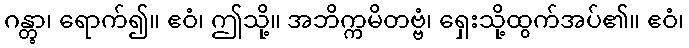
ဂန္တွာ၊ ရောက်၍။ ဧဝံ၊ ဤသို့။ အဘိက္ကမိတဗ္ဗံ၊ ရှေးသို့ထွက်အပ်၏။ ဧဝံ၊